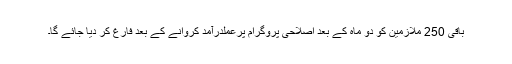
باقی 250 ملازمین کو دو ماہ کے بعد اصلاحی پروگرام پرعملدرآمد کروانے کے بعد فارغ کر دیا جائے گا۔